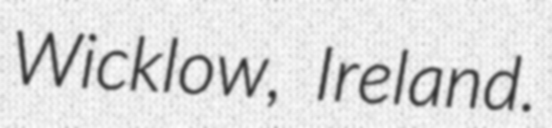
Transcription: Wicklow, Ireland.